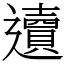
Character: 䢱